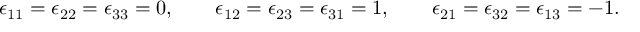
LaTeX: \epsilon _ { 1 1 } = \epsilon _ { 2 2 } = \epsilon _ { 3 3 } = 0 , \qquad \epsilon _ { 1 2 } = \epsilon _ { 2 3 } = \epsilon _ { 3 1 } = 1 , \qquad \epsilon _ { 2 1 } = \epsilon _ { 3 2 } = \epsilon _ { 1 3 } = - 1 .